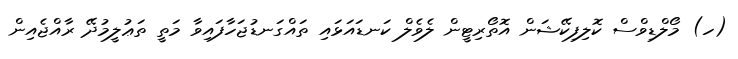
(ހ) މޯލްޑިވްސް ކޮލިފިކޭޝަން އޮތޯރިޓީން ލެވެލް ކަނޑައަޅައި ތައްގަނޑުޖަހާފައިވާ މަތީ ތަޢުލީމުދޭ ރާއްޖެއިން